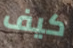
كيف